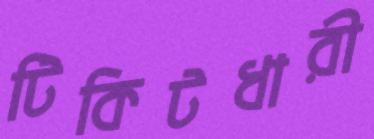
টিকিটধারী